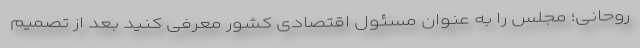
روحانی؛ مجلس را به عنوان مسئول اقتصادی کشور معرفی کنید بعد از تصمیم